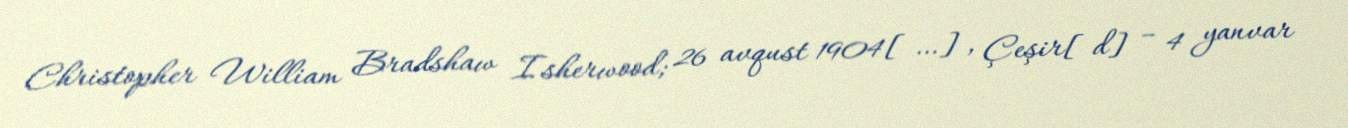
Christopher William Bradshaw Isherwood; 26 avqust 1904[…], Çeşir[d] – 4 yanvar